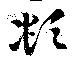
頫